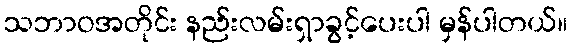
သဘာဝအတိုင်း နည်းလမ်းရှာခွင့်ပေးပါ မှန်ပါတယ်။